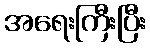
အရေးကြီးပြီး